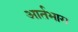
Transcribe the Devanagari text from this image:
आर्तभाग